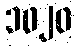
၁၀၂၀